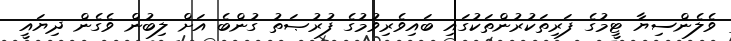
ވެލެންސިޔާ ޓީމުގެ ފަރިތަކުރުންތަކުގައި ބައިވެރިވުމުގެ ފުރުޞަތު ގުންބެ އަށް ލިބުން ވެގެން ދިޔައީ